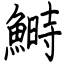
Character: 鰣